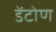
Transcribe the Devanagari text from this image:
डेंटोण